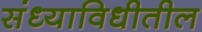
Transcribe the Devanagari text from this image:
संध्याविधीतील